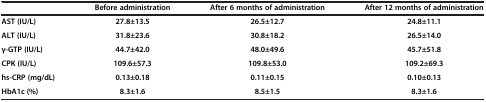
<table><thead><tr><td><b> </b></td><td><b>Before administration</b></td><td><b>After 6 months of administration</b></td><td><b>After 12 months of administration</b></td></tr></thead><tbody><tr><td><b>AST (IU/L)</b></td><td><b>27.8±13.5</b></td><td><b>26.5±12.7</b></td><td><b>24.8±11.1</b></td></tr><tr><td><b>ALT (IU/L)</b></td><td><b>31.8±23.6</b></td><td><b>30.8±18.2</b></td><td><b>26.5±14.0</b></td></tr><tr><td><b>γ</b><b>-GTP (IU/L)</b></td><td><b>44.7±42.0</b></td><td><b>48.0±49.6</b></td><td><b>45.7±51.8</b></td></tr><tr><td><b>CPK (IU/L)</b></td><td><b>109.6±57.3</b></td><td><b>109.8±53.0</b></td><td><b>109.2±69.3</b></td></tr><tr><td><b>hs-CRP (mg/dL)</b></td><td><b>0.13±0.18</b></td><td><b>0.11±0.15</b></td><td><b>0.10±0.13</b></td></tr><tr><td><b>HbA1c (%</b><b>)</b></td><td><b>8.3±1.6</b></td><td><b>8.5±1.5</b></td><td><b>8.3±1.6</b></td></tr></tbody></table>